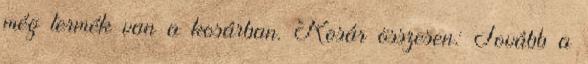
még termék van a kosárban. Kosár összesen: Tovább a